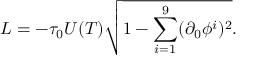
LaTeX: L = - \tau _ { 0 } U ( T ) \sqrt { 1 - \sum _ { i = 1 } ^ { 9 } ( \partial _ { 0 } \phi ^ { i } ) ^ { 2 } } .